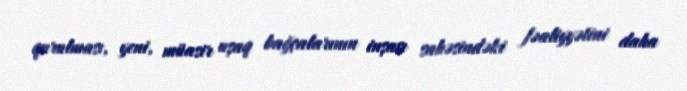
qurulması, yeni, müasir uşaq bağçalarının inşası sahəsindəki fəaliyyətini daha